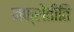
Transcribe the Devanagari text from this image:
नफ्रोेतीति